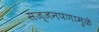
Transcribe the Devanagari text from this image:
सज्जनपणामुळे